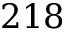
2 1 8